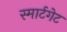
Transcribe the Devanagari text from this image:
स्मार्टगेट